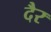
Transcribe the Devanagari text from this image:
दैर